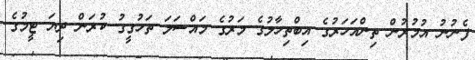
ފެނުނު އުމުރުން ތިންއަހަރުގެ އިބްތިހާލުގެ މަރުގެ މައްސަލަ ތަހުގީގު ކުރަން ދިޔަ ޓީމުގެ